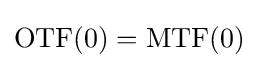
\mathrm {OTF} (0)=\mathrm {MTF} (0)